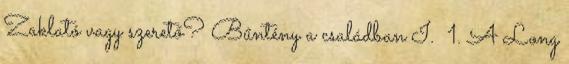
Zaklató vagy szerető? Bűntény a családban I. 1. A Long